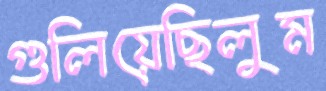
গুলিয়েছিলুম